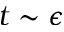
t \sim \epsilon